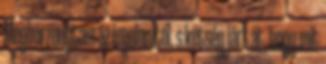
Megborzongtam az izgalomtól, s kétség járt át, hogy mit